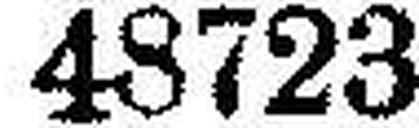
48723